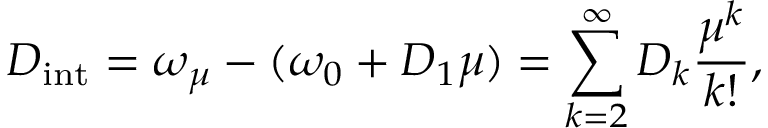
D _ { \mathrm { i n t } } = \omega _ { \mu } - ( \omega _ { 0 } + D _ { 1 } \mu ) = \sum _ { k = 2 } ^ { \infty } D _ { k } \frac { \mu ^ { k } } { k ! } ,